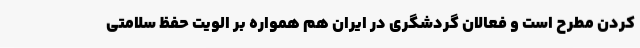
کردن مطرح است و فعالان گردشگری در ایران هم همواره بر الویت حفظ سلامتی